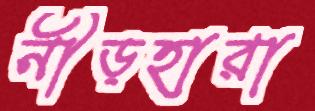
নীড়হারা